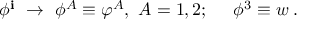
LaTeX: \phi ^ { \bf { i } } \ \rightarrow \ \phi ^ { A } \equiv \varphi ^ { A } , \ A = 1 , 2 ; \quad \ \phi ^ { 3 } \equiv w \; .